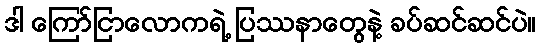
ဒါ ကြော်ငြာလောကရဲ့ ပြဿနာတွေနဲ့ ခပ်ဆင်ဆင်ပဲ။